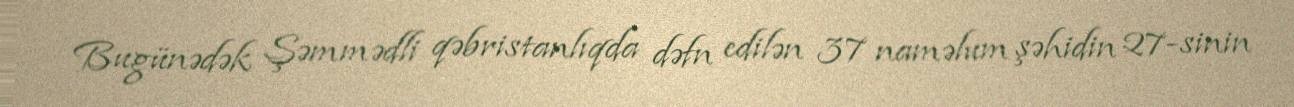
Bugünədək Şəmmədli qəbristanlıqda dəfn edilən 37 naməlum şəhidin 27-sinin